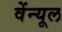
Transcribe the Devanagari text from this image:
वेंन्यूल